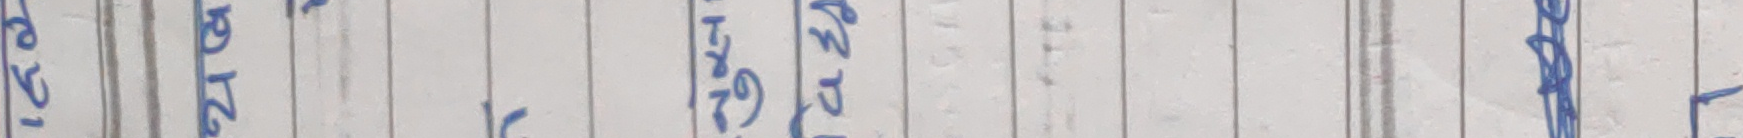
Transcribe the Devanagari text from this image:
के १ वृद्ध २ जाँच ५ २ ९ १ ३ ४ १० उमेर